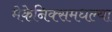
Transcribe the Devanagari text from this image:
मेकेनिक्समधल्या